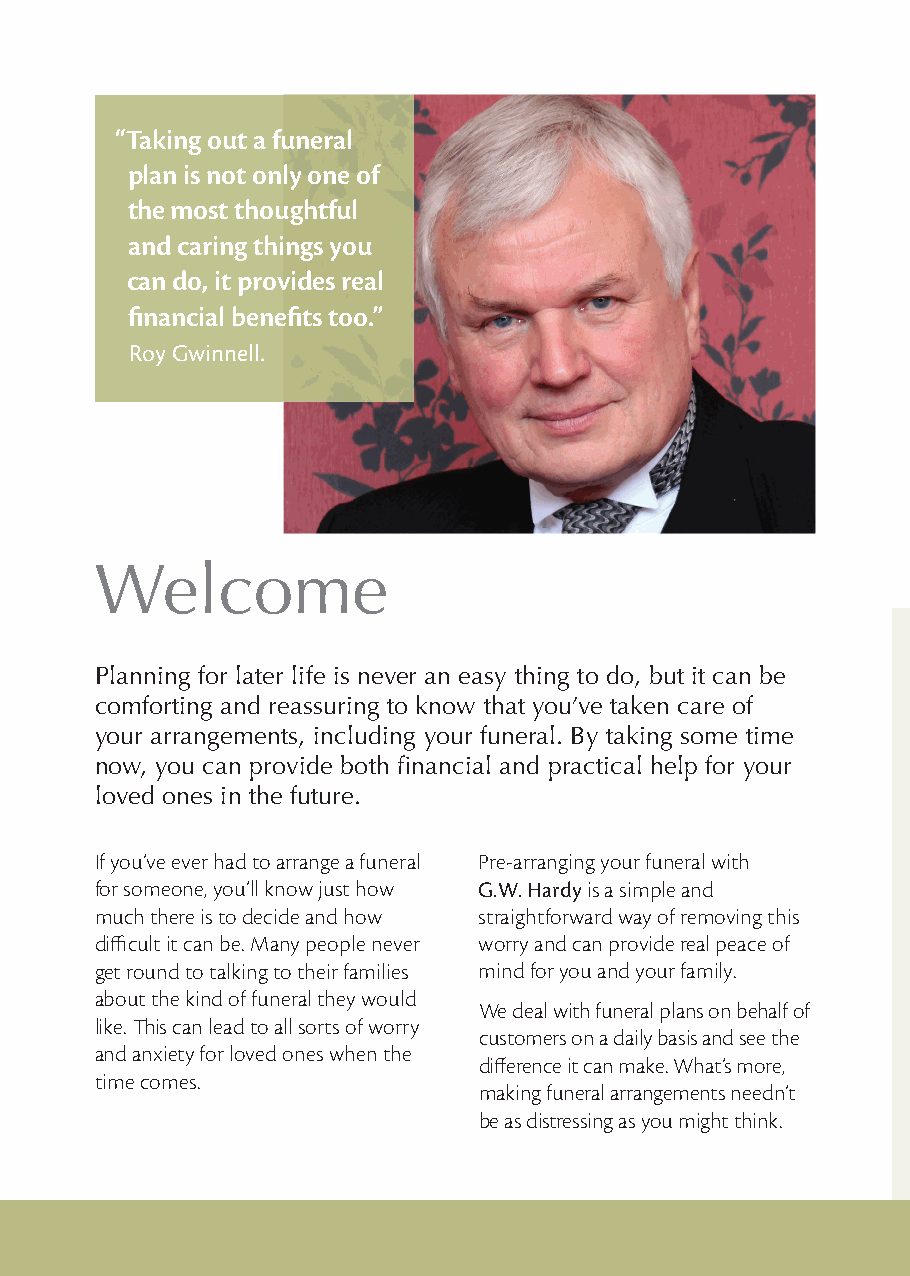
“Taking out a funeral
 plan is not only one of
 the most thoughtful
 and caring things you
 can do, it provides real
 fi nancial benefi ts too.”
 Roy Gwinnell.
 Welcome
 Planning for later life is never an easy thing to do, but it can be
 comforting and reassuring to know that you’ve taken care of
 your arrangements, including your funeral. By taking some time
 now, you can provide both fi nancial and practical help for your
 loved ones in the future.
 If you’ve ever had to arrange a funeral Pre-arranging your funeral with
 for someone, you’ll know just how G.W. Hardy is a simple and
 much there is to decide and how straightforward way of removing this
 diffi cult it can be. Many people never worry and can provide real peace of
 get round to talking to their families mind for you and your family.
 about the kind of funeral they would
 We deal with funeral plans on behalf of
 like. Th is can lead to all sorts of worry
 customers on a daily basis and see the
 and anxiety for loved ones when the
 diff erence it can make. What’s more,
 time comes.
 making funeral arrangements needn’t
 be as distressing as you might think.